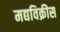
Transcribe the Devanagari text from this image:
मद्यविक्रीस